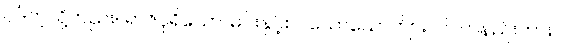
ပုဒ်ကဲ့သို့တည်း။ ရာဇပုရိသော၊ မင်းနှင့်စပ်သောယောက်ျား။ ဝါ၊ တနည်းကား။